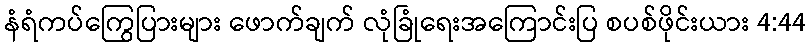
နံရံကပ်ကြွေပြားများ ဖောက်ချက် လုံခြုံရေးအကြောင်းပြ စပစ်ဖိုင်းယား 4:44